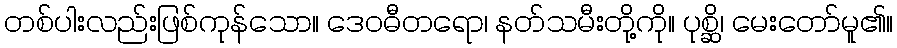
တစ်ပါးလည်းဖြစ်ကုန်သော။ ဒေဝဓီတရော၊ နတ်သမီးတို့ကို။ ပုစ္ဆိ၊ မေးတော်မူ၏။